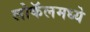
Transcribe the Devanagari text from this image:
लोकॅलमध्ये